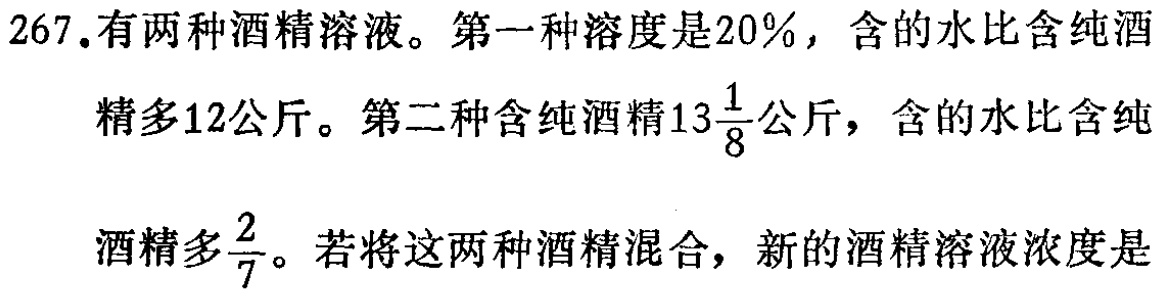
267.有两种酒精溶液。第一种溶度是20%，含的水比含纯酒

精多12公斤。第二种含纯酒精\(13\frac{1}{8}\)公斤，含的水比含纯

酒精多\(\frac{2}{7}\)。若将这两种酒精混合，新的酒精溶液浓度是